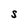
Character: S